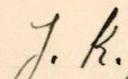
J. K.